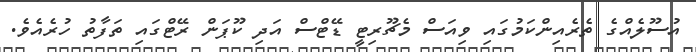
އުސޫލެއްގެ ތެރެއިންކަމުގައި ވިއަސް މެޗޫރިޓީ ޑޭޓްސް އަދި ކޫޕަން ރޭޓްގައި ތަފާތު ހުރެއެވެ.